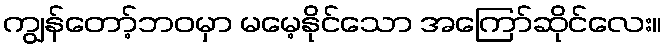
ကျွန်တော့်ဘဝမှာ မမေ့နိုင်သော အကြော်ဆိုင်လေး။